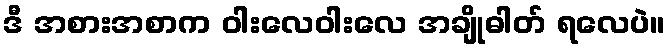
ဒီ အစားအစာက ဝါးလေဝါးလေ အချိုဓါတ် ရလေပဲ။